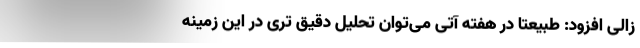
زالی افزود: طبیعتا در هفته آتی می‌توان تحلیل دقیق تری در این زمینه